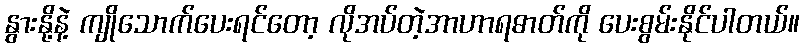
နွားနို့နဲ့ ကျိုသောက်ပေးရင်တော့ လိုအပ်တဲ့အာဟာရဓာတ်ကို ပေးစွမ်းနိုင်ပါတယ်။